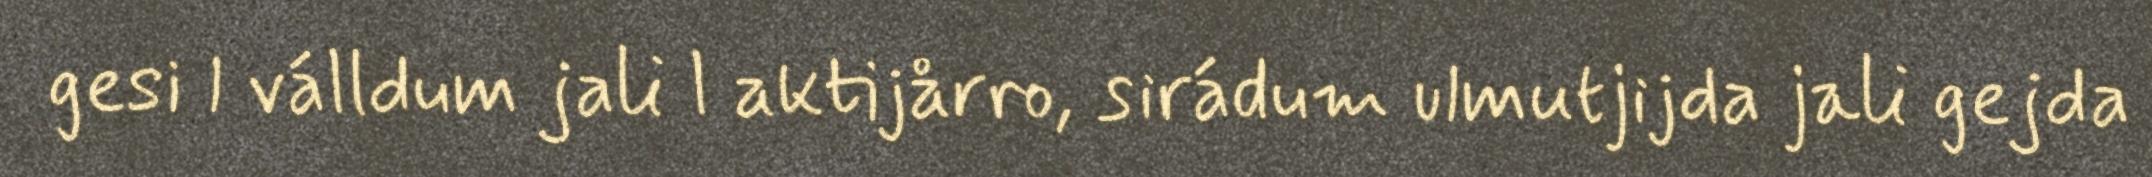
gesi l válldum jali l aktijårro, sirádum ulmutjijda jali gejda